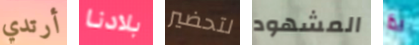
أرتدي بلادنا لتحضير المشهود اذا